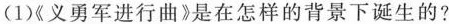
(1)《义勇军进行曲》是在怎样的背景下诞生的?